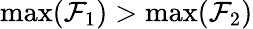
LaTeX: \operatorname*{max}(\mathcal{F}_{1})>\operatorname*{max}(\mathcal{F}_{2})